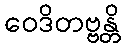
ဝေဒိတဗ္ဗန္တိ